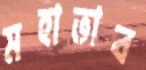
মহাভাব